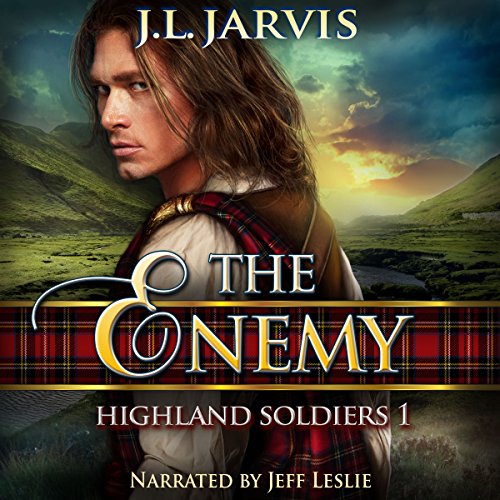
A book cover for Highland Soldiers 1: The Enemy; J.L. Jarvis; Romance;